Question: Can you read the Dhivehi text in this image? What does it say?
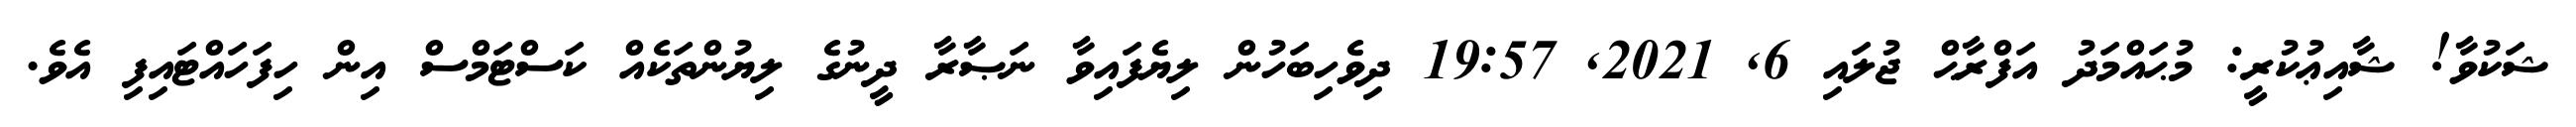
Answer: ޝަކުވާ! ޝާއިޢުކުރީ: މުޙައްމަދު އަފްރާޙް ޖުލައި 6, 2021, 19:57 ދިވެހިބަހުން ލިޔެފައިވާ ނަޞާރާ ދީނުގެ ލިޔުންތަކެއް ކަސްޓަމްސް އިން ހިފަހައްޓައިފި އެވެ.